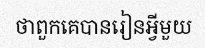
ថាពួកគេបានរៀនអ្វីមួយ